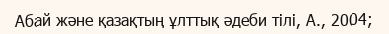
Абай және қазақтың ұлттық әдеби тілі, А., 2004;